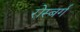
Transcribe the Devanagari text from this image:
रोस्बर्ग